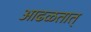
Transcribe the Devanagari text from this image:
आढळतात्